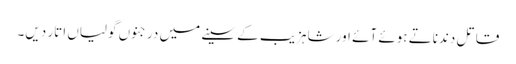
قاتل دندناتے ہوئے آئے اور شاہزیب کے سینے میں درجنوں گولیاں اتار دیں۔